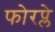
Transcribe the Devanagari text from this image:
फोरप्ले